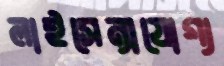
লাইসেন্সযোগ্য